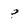
Character: 9